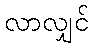
လာလျှင်